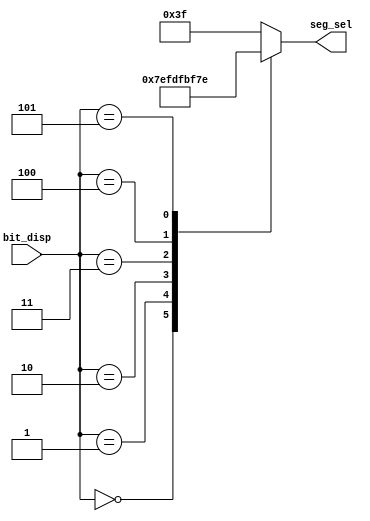
module seg_sel_decoder(
    input        [2:0]  bit_disp,
    output  reg  [5:0]  seg_sel
);

always@(bit_disp)begin
    case(bit_disp)
        3'b000 : seg_sel = 6'b011111;
        3'b001 : seg_sel = 6'b101111;
        3'b010 : seg_sel = 6'b110111;
        3'b011 : seg_sel = 6'b111011;
        3'b100 : seg_sel = 6'b111101;
        3'b101 : seg_sel = 6'b111110;     
        default : seg_sel = 6'b111111;
    endcase
end

endmodule